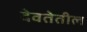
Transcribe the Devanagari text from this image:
देवतेतील